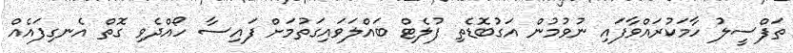
ތަފްސީލު ހާމަކުރައްވާފައި ނުވުމުން އަގުބޮޑެތި ފުލެޓް ބައްލަވައިގަތުމަށް ފައިސާ ހޯއްދެވި ގޮތް އެނގިފައެއް